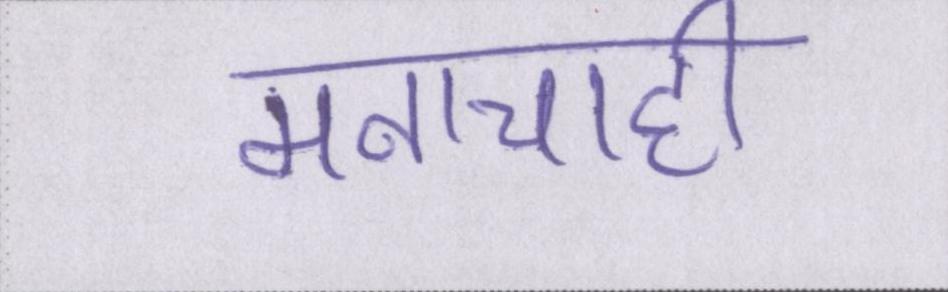
मनाचाही